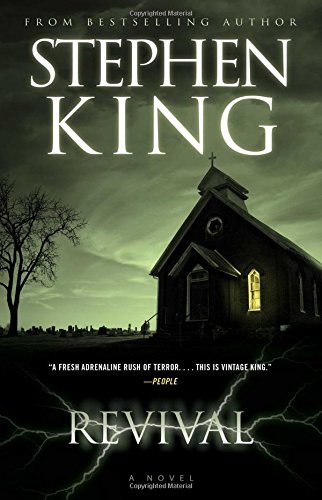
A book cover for Revival: A Novel; Stephen King; Mystery, Thriller & Suspense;